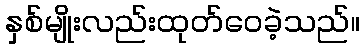
နှစ်မျိုးလည်းထုတ်ဝေခဲ့သည်။